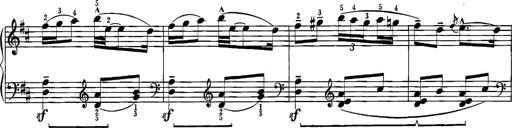
Title: Sonatina for Piano
Composer: BÃ©la BartÃ³k